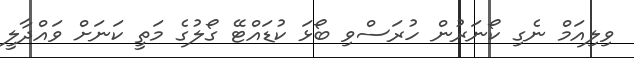
ވިލިއަމް ނެގި ކޯނަރުން ހުރަސްވި ބޯޅަ ކުޑައްޓޭ ގޯލުގެ މަތީ ކަނަށް ވައްދާލީ